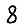
Digit: 8